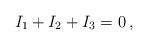
LaTeX: \begin{align*}\begin{array}{l}I_{1}+I_{2}+I_{3}=0\,,\end{array}\end{align*}